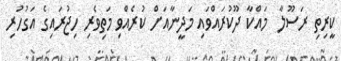
ކީރިތި ރަސޫލާ  މައްކާ ދޫކުރައްވައި މަދީނާއަށް ކުރެއްވި މަތިވެރި ހިޖުރައިގެ އަގުހުރި